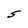
Character: S